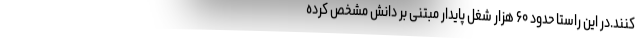
کنند.در این راستا حدود ۶۰ هزار شغل پایدار مبتنی بر دانش مشخص کرده